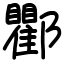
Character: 𨟠